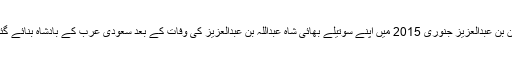
شاہ سلمان بن عبدالعزیز جنوری 2015 میں اپنے سوتیلے بھائی شاہ عبداللہ بن عبدالعزیز کی وفات کے بعد سعودی عرب کے بادشاہ بنائے گئے تھے۔